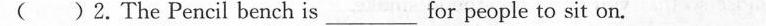
( )2.The Pencil bench is___for people to sit on.